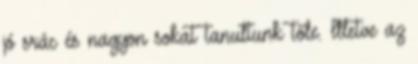
jó srác és nagyon sokat tanultunk tőle. Illetve az